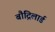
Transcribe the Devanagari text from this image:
बौद्रिलार्ड